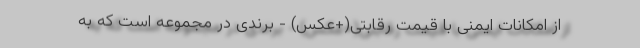
از امکانات ایمنی با قیمت رقابتی(+عکس) - برندی در مجموعه است که به